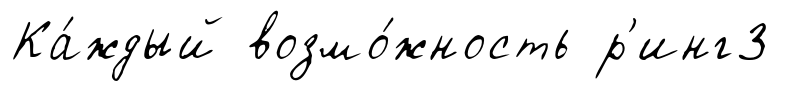
Ка́ждый возмо́жность р'инг3